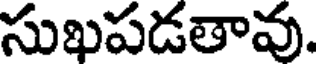
సుఖపడతావు.